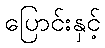
ပြောင်းနှင့်